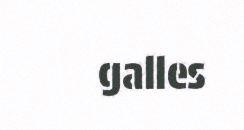
galles